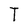
Character: T